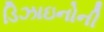
ડિઝાઇનોની